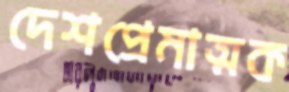
দেশপ্রেমাত্মক